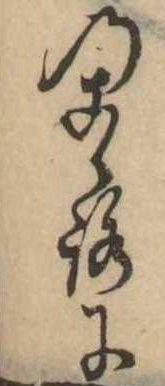
のこゝろに